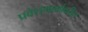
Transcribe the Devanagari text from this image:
प्रवेशमार्गावरील